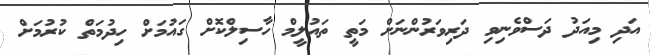
އަދި މިއަދު ދަސްވެނިވި ދަރިވަރުންނަށް މަތީ ތައުލީމް ހާސިލްކޮށް ގައުމަށް ހިދުމަތް ކުރުމަށް